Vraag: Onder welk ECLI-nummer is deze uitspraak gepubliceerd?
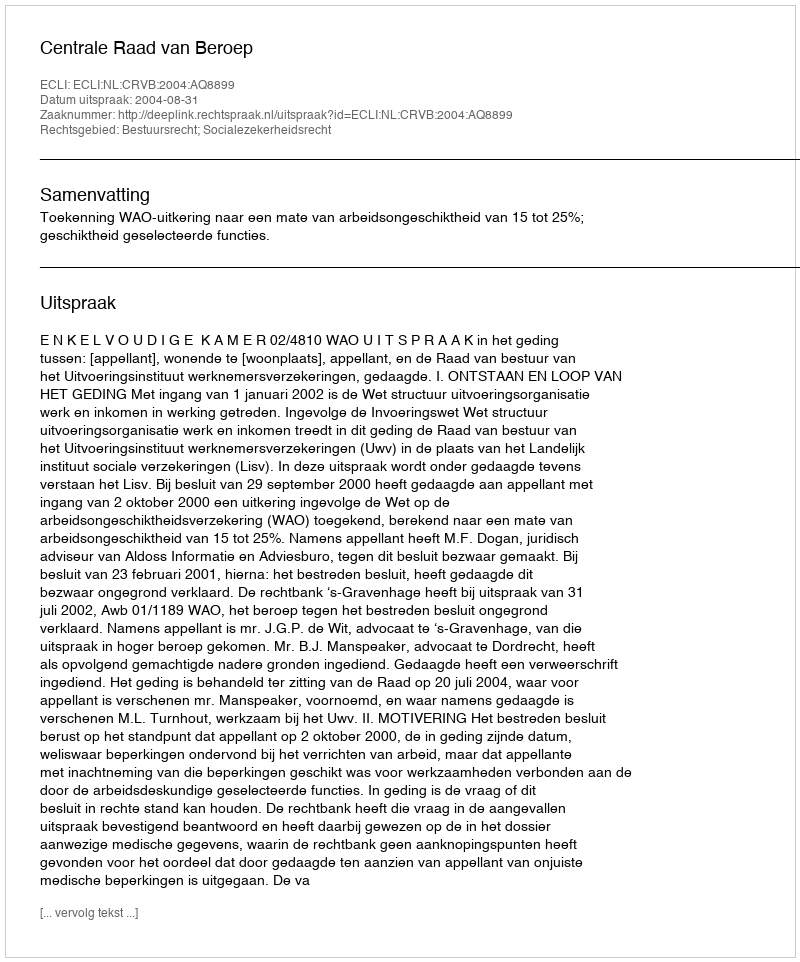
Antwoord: ECLI:NL:CRVB:2004:AQ8899